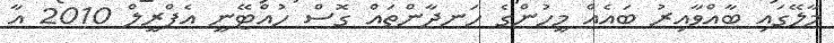
މާލޭގައި ބާއްވާއިރު ބައެއް މީހުންގެ ހަނދާންތައް ގޮސް ހުއްޓޭނީ އެޕްރީލް 2010 އާ